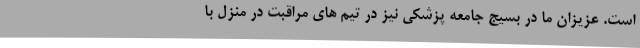
است. عزیزان ما در بسیج جامعه پزشکی نیز در تیم های مراقبت در منزل با